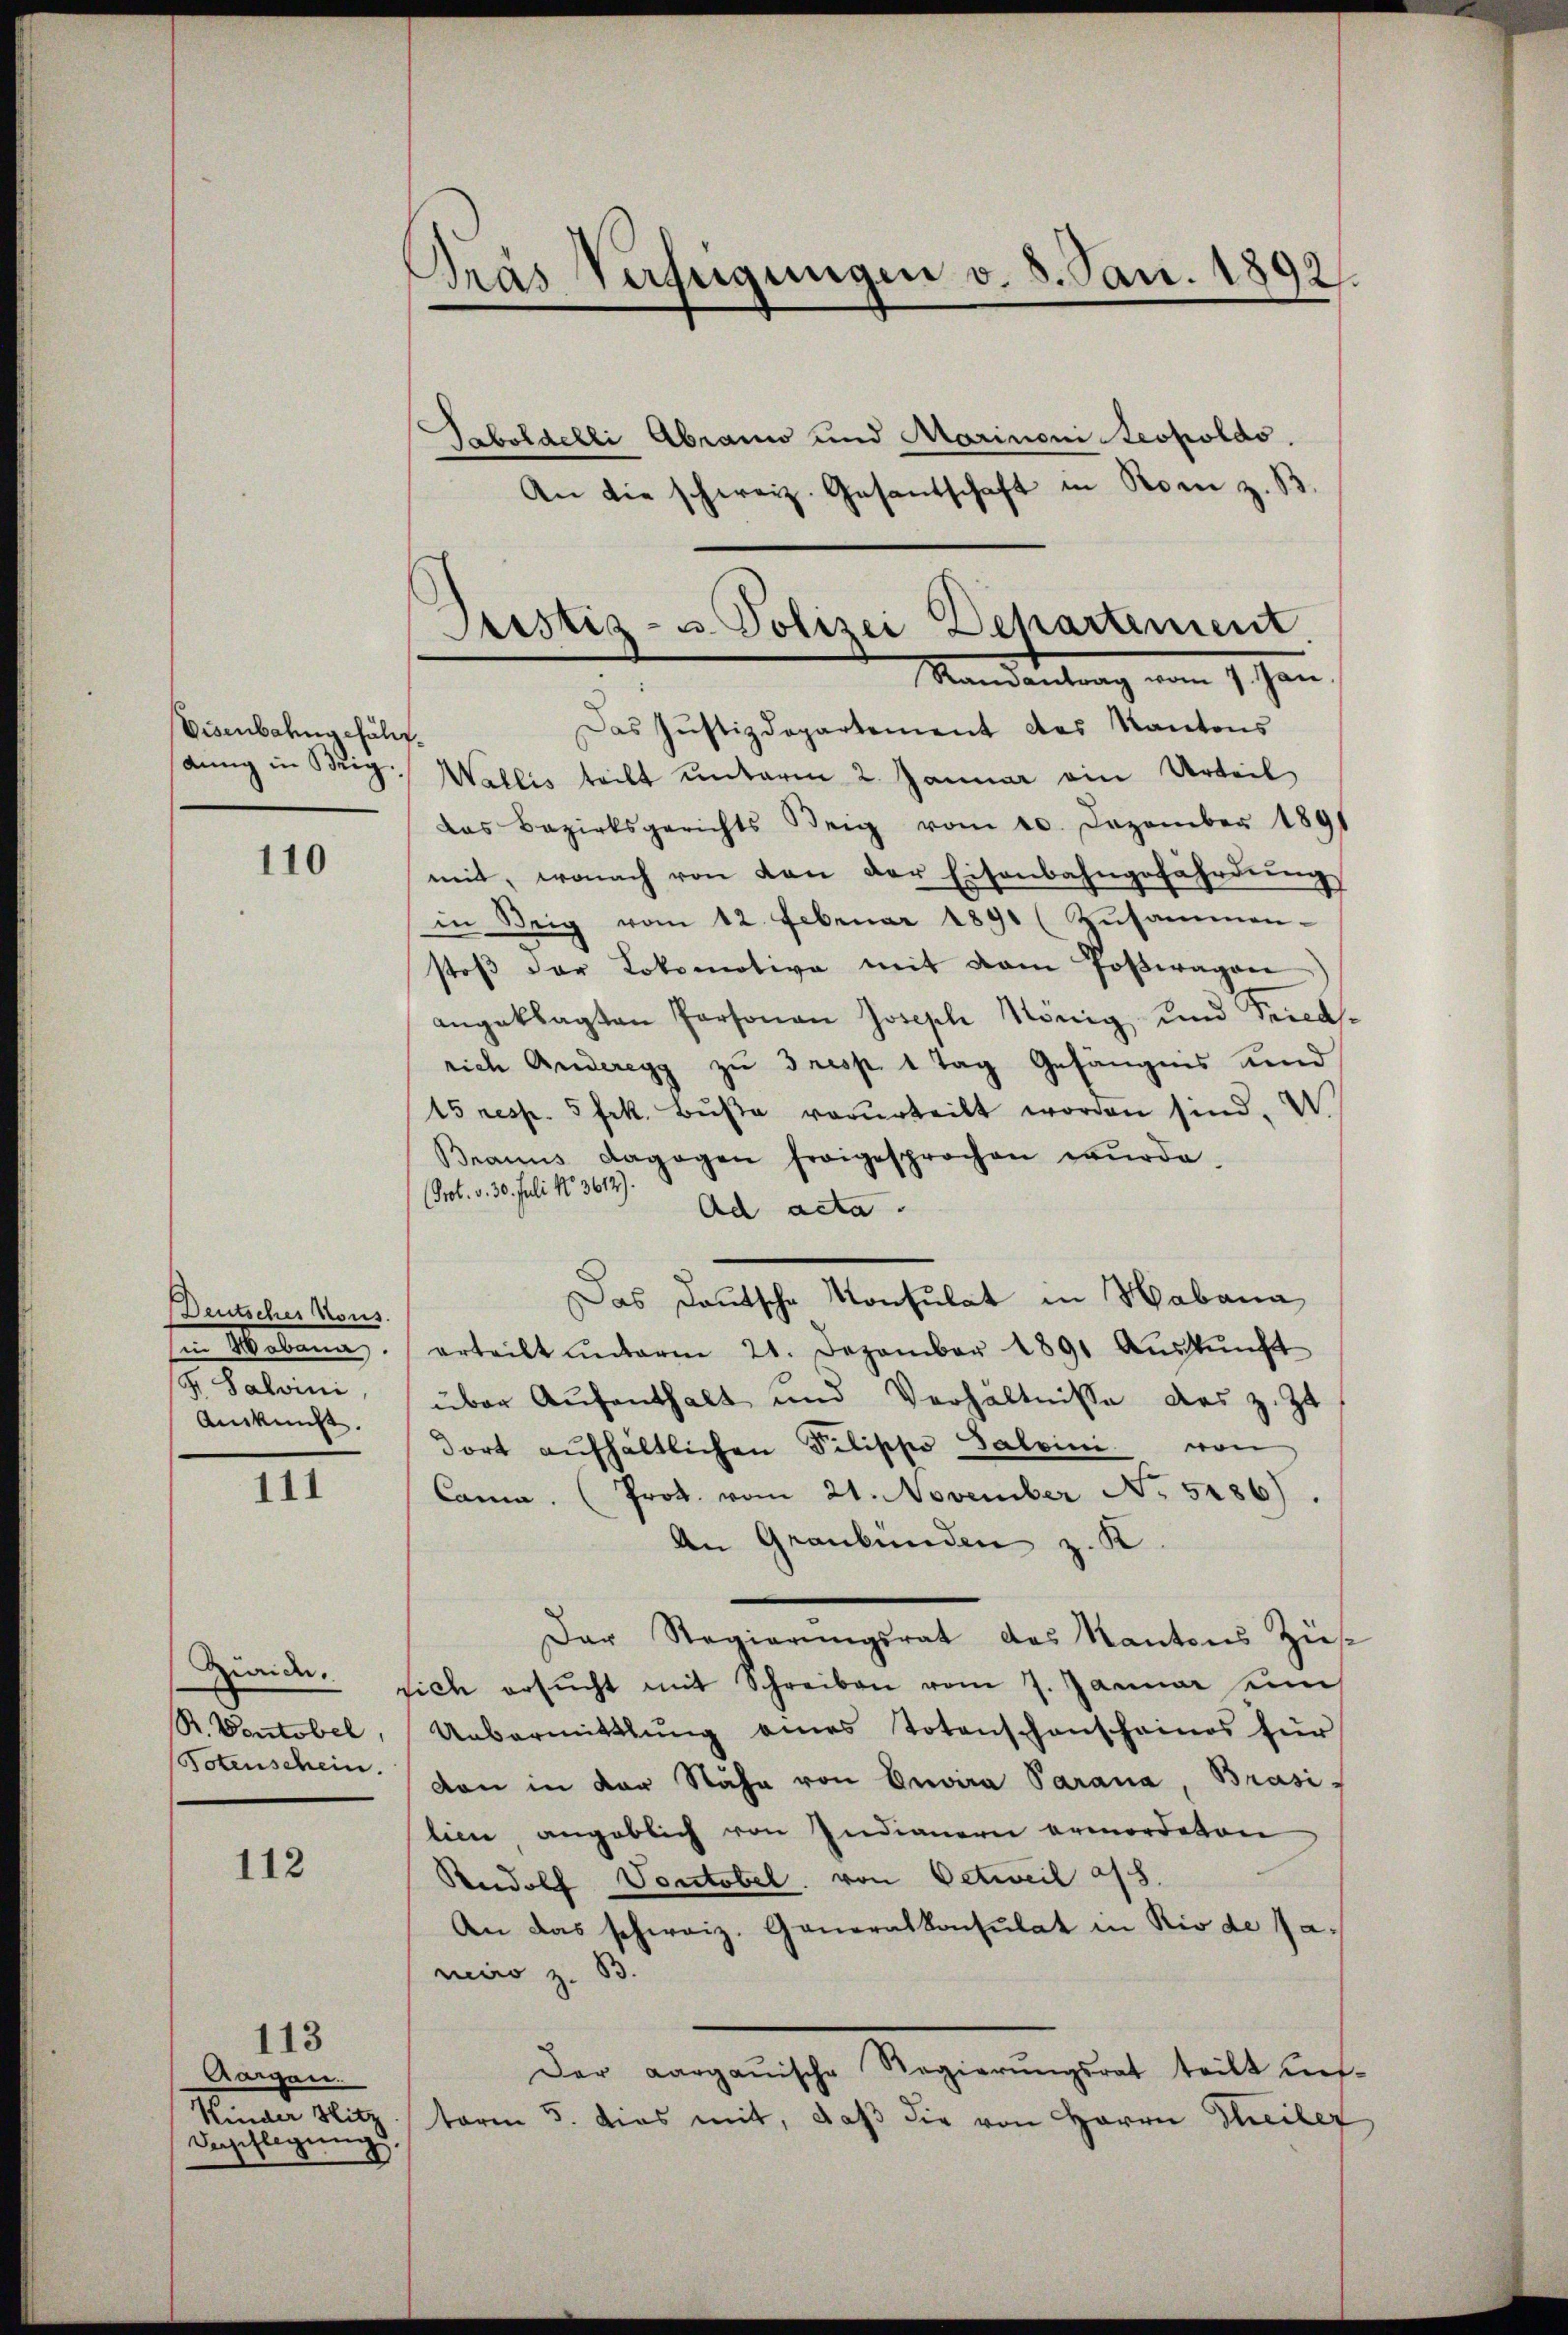
Eisenbahngefälis¬

110

Deutsches Kons.
G. Salvini,
Auskunft.

111

112

113
Gargen.
Bepflegung,

Gras Verfügungen v. 8. Jan. 1892.

Taboldelli Abrano und Marinoni Leopoldo
An die schweiz. Gesandschaft in Rom z. B.
Das Justizdepartement des Kantons
snng in Brig. Wallis teilt unterm 2. Januar ein Urteil
das Bezirksgerichts Weig vom 20. Dezember 1891
mit, wonach von den der Eisenbahngefährdung
in Teig vom 12. Februar 1891 (Zŭsammen-
stoβ der Lokomotive mit dem Poβwragan
angeklagten Personen Joseph König und Precas
rich Anderegg zu resp. 1 Tag Gefängnis Kind
15 resp. 5 Frk. Buße vorurteilt worden sind. U
Brauns dagegen freigesprochen wŭrde.
(Prot. v. 30. Juli No 3612).
Ad acta.
Das Deutsche Konsulat in Habana
in Mobana erteilt ŭnterm 21. Dezember 1891 Aŭskŭnft
über Aufenthalt und Verhältnisse des z. Zt
dort aufhältlichen Filische Salvini von
Cama. (Prot. vom 21. November No. 5286).
An Graubünden z. K.
Der Regierungsrat des Kantons Züs-
Zwaick: sich ersŭcht mit Schreiben vom 7. Januar un
R. Vontobel, Uebermittlung eines Totenschenscheines für
otenschein. von in der Nähe von Envira Parana, Brasi-
lien angeblich von Indianern ermordeten
Rudolf Vontobel. von Oetweil a/S.
An das schweiz. Generalkonsulat in Rio de Ja
neiro z. 53.
Der aargauische Regierŭngsrat teilt auf-
Kinder Sitz term 5. dies mit, daβ die von Herrn Theiler

Justiz- u Polizei Dehartement
Randantrag vom 1. Jan.